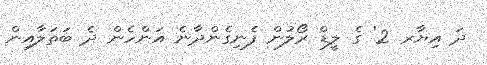
ދަ އިޔާރ 2' ގެ ލީޑް ރޯލުން ފެނިގެންދާނެ އަންހެން ދެ ބަތަލާއިން